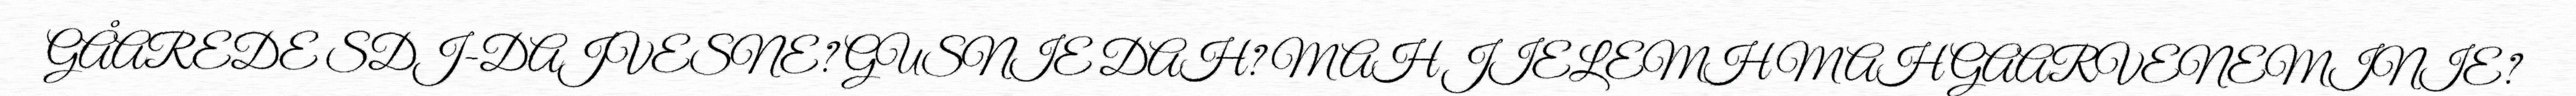
GÅAREDE SDJ-DAJVESNE? GUSNIE DAH? MAH JIELEMH MAH GAARVENEMINIE?